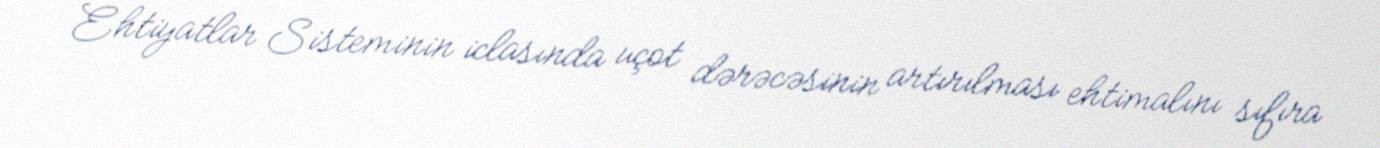
Ehtiyatlar Sisteminin iclasında uçot dərəcəsinin artırılması ehtimalını sıfıra